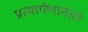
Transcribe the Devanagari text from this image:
प्रत्यार्पणानंतर